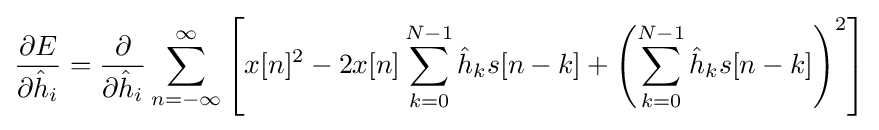
{\frac {\partial E}{\partial {\hat {h}}_{i}}}={\frac {\partial }{\partial {\hat {h}}_{i}}}\sum _{n=-\infty }^{\infty }\left[x[n]^{2}-2x[n]\sum _{k=0}^{N-1}{\hat {h}}_{k}s[n-k]+\left(\sum _{k=0}^{N-1}{\hat {h}}_{k}s[n-k]\right)^{2}\right]